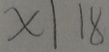
x \vert 1 8